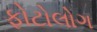
ફોટોલોગ